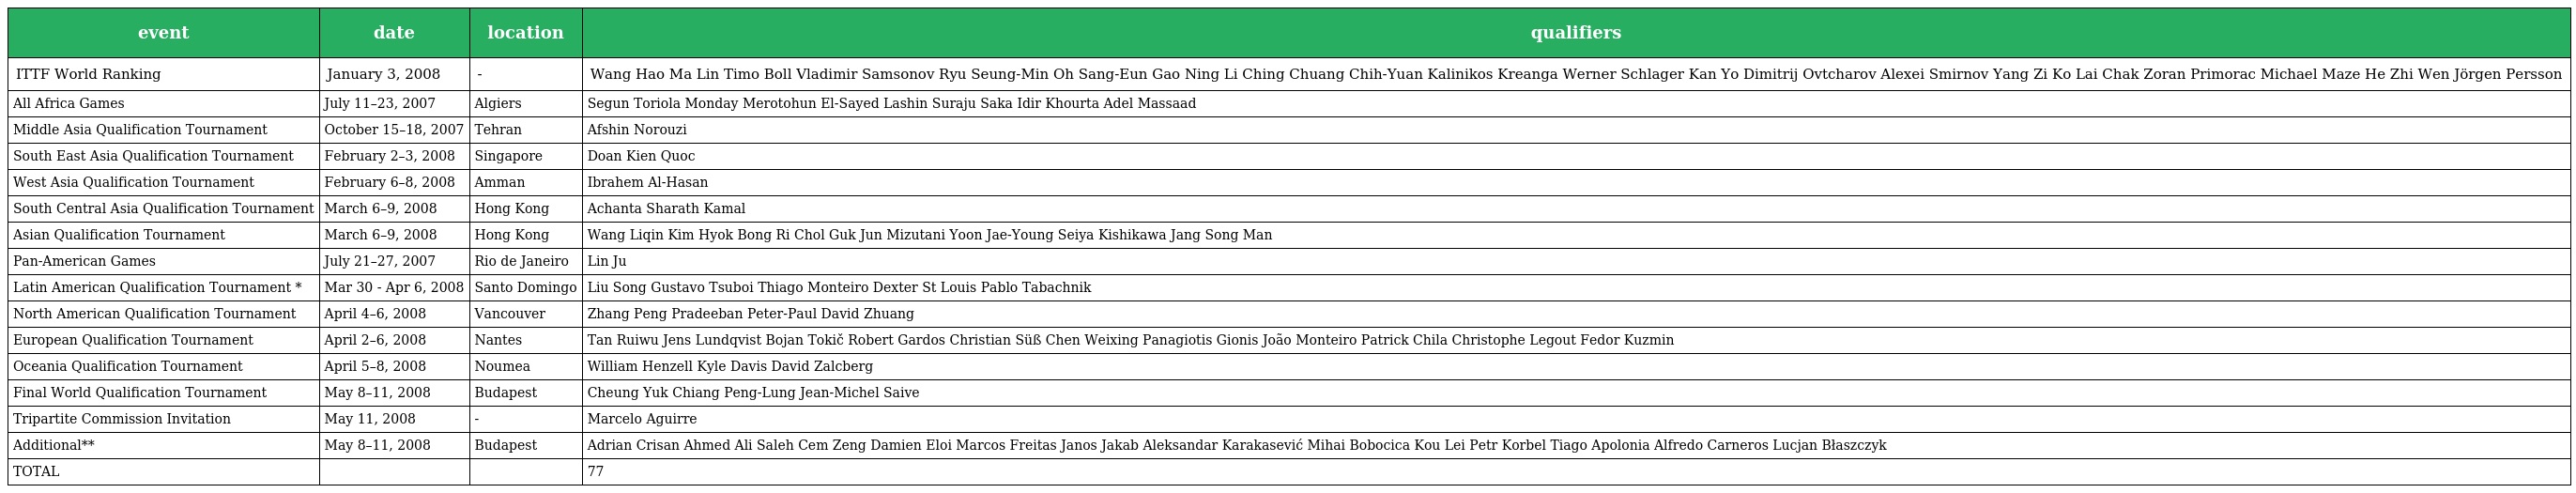
| event | date | location | qualifiers |
 | --- | --- | --- | --- |
 | ITTF World Ranking | January 3, 2008 | - | Wang Hao Ma Lin Timo Boll Vladimir Samsonov Ryu Seung-Min Oh Sang-Eun Gao Ning Li Ching Chuang Chih-Yuan Kalinikos Kreanga Werner Schlager Kan Yo Dimitrij Ovtcharov Alexei Smirnov Yang Zi Ko Lai Chak Zoran Primorac Michael Maze He Zhi Wen Jörgen Persson |
 | All Africa Games | July 11–23, 2007 | Algiers | Segun Toriola Monday Merotohun El-Sayed Lashin Suraju Saka Idir Khourta Adel Massaad |
 | Middle Asia Qualification Tournament | October 15–18, 2007 | Tehran | Afshin Norouzi |
 | South East Asia Qualification Tournament | February 2–3, 2008 | Singapore | Doan Kien Quoc |
 | West Asia Qualification Tournament | February 6–8, 2008 | Amman | Ibrahem Al-Hasan |
 | South Central Asia Qualification Tournament | March 6–9, 2008 | Hong Kong | Achanta Sharath Kamal |
 | Asian Qualification Tournament | March 6–9, 2008 | Hong Kong | Wang Liqin Kim Hyok Bong Ri Chol Guk Jun Mizutani Yoon Jae-Young Seiya Kishikawa Jang Song Man |
 | Pan-American Games | July 21–27, 2007 | Rio de Janeiro | Lin Ju |
 | Latin American Qualification Tournament * | Mar 30 - Apr 6, 2008 | Santo Domingo | Liu Song Gustavo Tsuboi Thiago Monteiro Dexter St Louis Pablo Tabachnik |
 | North American Qualification Tournament | April 4–6, 2008 | Vancouver | Zhang Peng Pradeeban Peter-Paul David Zhuang |
 | European Qualification Tournament | April 2–6, 2008 | Nantes | Tan Ruiwu Jens Lundqvist Bojan Tokič Robert Gardos Christian Süß Chen Weixing Panagiotis Gionis João Monteiro Patrick Chila Christophe Legout Fedor Kuzmin |
 | Oceania Qualification Tournament | April 5–8, 2008 | Noumea | William Henzell Kyle Davis David Zalcberg |
 | Final World Qualification Tournament | May 8–11, 2008 | Budapest | Cheung Yuk Chiang Peng-Lung Jean-Michel Saive |
 | Tripartite Commission Invitation | May 11, 2008 | - | Marcelo Aguirre |
 | Additional** | May 8–11, 2008 | Budapest | Adrian Crisan Ahmed Ali Saleh Cem Zeng Damien Eloi Marcos Freitas Janos Jakab Aleksandar Karakasević Mihai Bobocica Kou Lei Petr Korbel Tiago Apolonia Alfredo Carneros Lucjan Błaszczyk |
 | TOTAL |  |  | 77 |